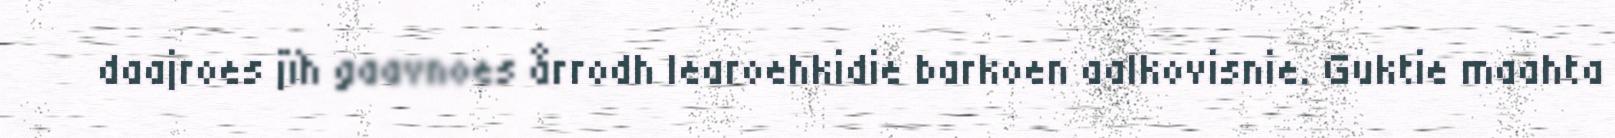
daajroes jïh gaavnoes årrodh learoehkidie barkoen aalkovisnie. Guktie maahta